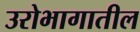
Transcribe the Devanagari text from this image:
उरोभागातील